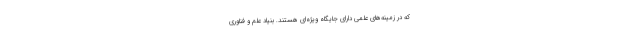
که در زمینه‌های علمی دارای جایگاه ویژه‌ای هستند. بنیاد علم و فناوری